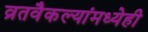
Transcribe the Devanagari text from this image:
व्रतवैकल्यांमध्येही